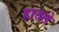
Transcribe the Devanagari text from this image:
हातले